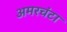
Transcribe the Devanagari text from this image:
अमरचंटा